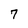
Character: 7